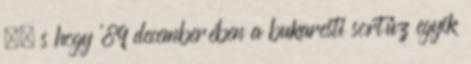
–, s hogy ’89 decemberében a bukaresti sortűz egyik